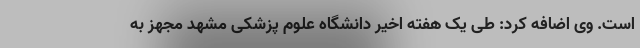
است. وی اضافه کرد: طی یک هفته اخیر دانشگاه علوم پزشکی مشهد مجهز به